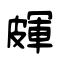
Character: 皹